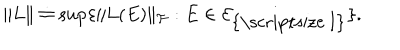
\| L \| \doteq \sup \{ \| L ( E ) \| _ { \cal F } : E \in { \cal E } _ { \mathrm { { \scriptsize ~ I } } } \} .